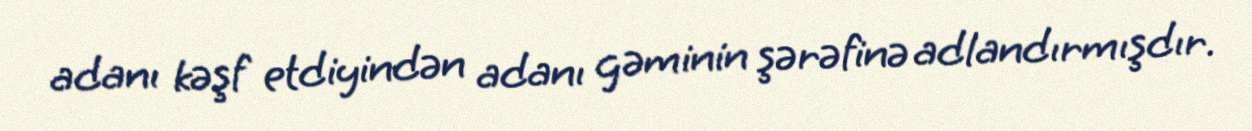
adanı kəşf etdiyindən adanı gəminin şərəfinə adlandırmışdır.